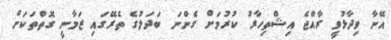
އޭނާ ވިދާޅުވީ ރާއްޖެ އިޝްތިހާރު ކުރުމަށް ގެންނަ ބަދަލުގެ ތެރޭގައި ޒަމާނީ ގޮތްތަކަށް